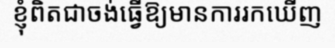
ខ្ញុំពិតជាចង់ធ្វើឱ្យមានការរកឃើញ